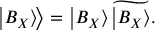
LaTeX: \left. \left| B _ { X } \right\rangle \! \right\rangle = \left| B _ { X } \right\rangle \widetilde { \left| B _ { X } \right\rangle } .